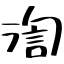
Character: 渹